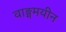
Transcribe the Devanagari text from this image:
वाङ्ममयीन